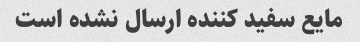
مایع سفید کننده ارسال نشده است